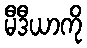
မီဒီယာကို